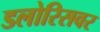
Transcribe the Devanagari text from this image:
डलोरिसवर